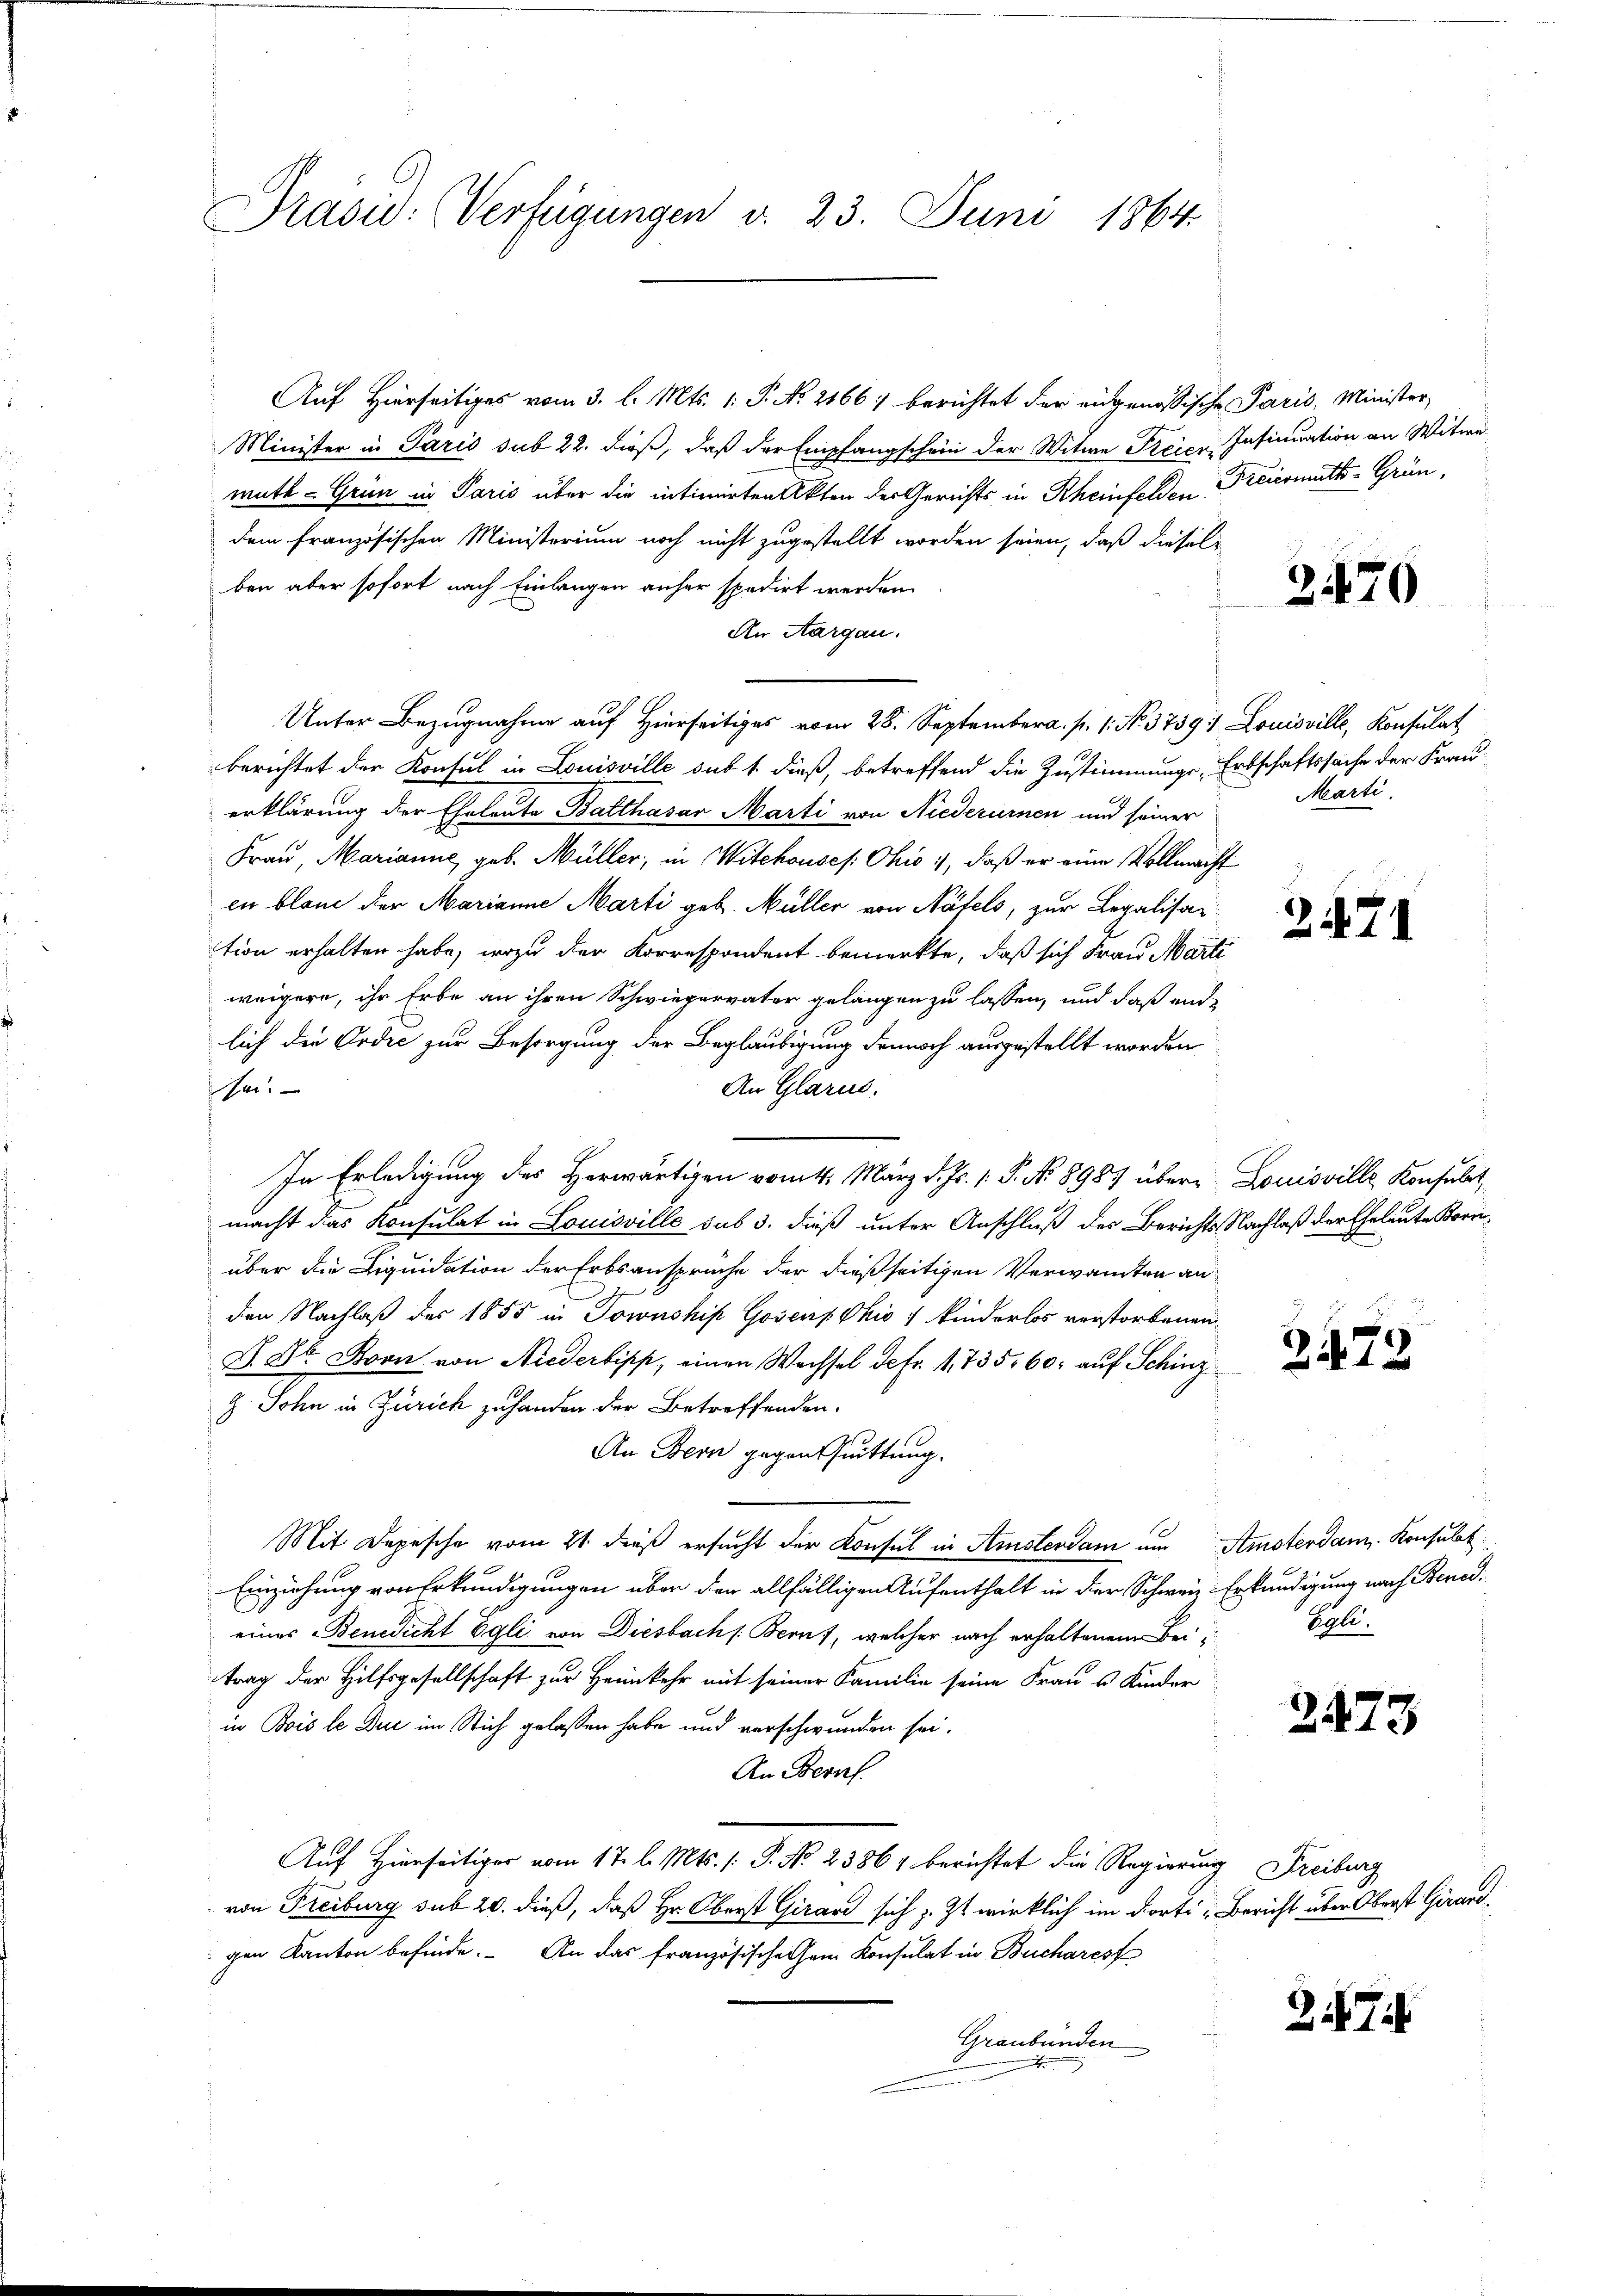
Präsid: Verfügungen v. 23. Juni 1864.

Auf Hierseitiges vom 3. l. Mts. 1. P. No. 2166) berichtet der eidgenössische Paris, Minister,
Minister in Paris sub 22. dieß, daß der Empfangschein der Witwe Freier-Insinuation an Witwe
muth - Grün in Paris über die intimirten Akten der Gerichts in Rheinfelden Freiermuth - Gründem französischen Ministerium noch nicht zugestellt worden seien, daß dieselben aber sofort nach Einlangen anher spedirt werden.
An Aargau.
Unter Bezugnahme auf Hierseitiges vom 28. September a. p. 1. No. 3759. Louisville, Konsulat
berichtet der Konsul in Louisville sub 1. dieß, betreffend die Zustimmungs-Erbschaftssache der Frau
erklärung der Eheleute Balthasar Marti von Niederurnen und seiner
Frau, Marianne, geb. Müller, in Witchouses Ohio 1), daß er eine Vollmacht
en blone der Marianne Marti geb. Müller von Näfels, zur Legalisa-
tion erhalten habe, wozu der Korrespondent bemerkte, daß sich Frau Marti
weigere, ihr Erbe an ihren Schwiegervater gelangen zu lassen, und daß endlich die Ordić zur Besorgung der Beglaubigung dennoch ausgestellt worden
An Glarus.
sei.
In Erledigung des Herwärtigen vom 4. März d. Js. 1. P. No. 8987 über Louisville Konsulat
macht das Konsulat in Louisville sub 3. dieß unter Anschluß des Berichts Nachlaß der Eheleute Kornüber die Liquidation der Erbsansprüche der dießseitigen Verwandten an
den Nachlaß des 1855 in Townshif Gosens Chio : kinderlos verstorbenen
S. Dr. von von Niederbipp, einen Wachsel defr. 1, 735. 60 auf Schinz
& Sohn in Zürich zu handen der Betreffenden.
An Bern gegen Quittung.
Mit Depesche vom 21. dieß ersucht der Konsul in Amstendam um Amsterdam Konsulat
Einziehung von Erkundigungen über den allfälligen Aufenthalt in der Schwein Erkundigung nach Benedi
eines Benedicht Egli von Diesbach s. Beruf, welcher nach erhaltenem Beitrag der Hilfsgesellschaft zur Heimkehr mit seiner Familie seine Frau s Kinder
in Bois le Du im Stich gelassen habe und verschwunden sei.
An Bern.
Auf Hierseitiger vom 17. l. Mts. /: P. No 23864 berichtet die Regierung Freiburg
von Freiburg sub 20. dieß, daß Hr. Oberst Girard sich; Zt wirklich im dort „Bericht über Oberst Girard,
gen Kanton befinde. An das französischehen Konsulat in Bucharesf
Graubünden
.

2470

Marti.

2471

2472

Soli

2473

3474